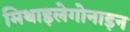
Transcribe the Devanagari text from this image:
मिथाइलेगोनाइन